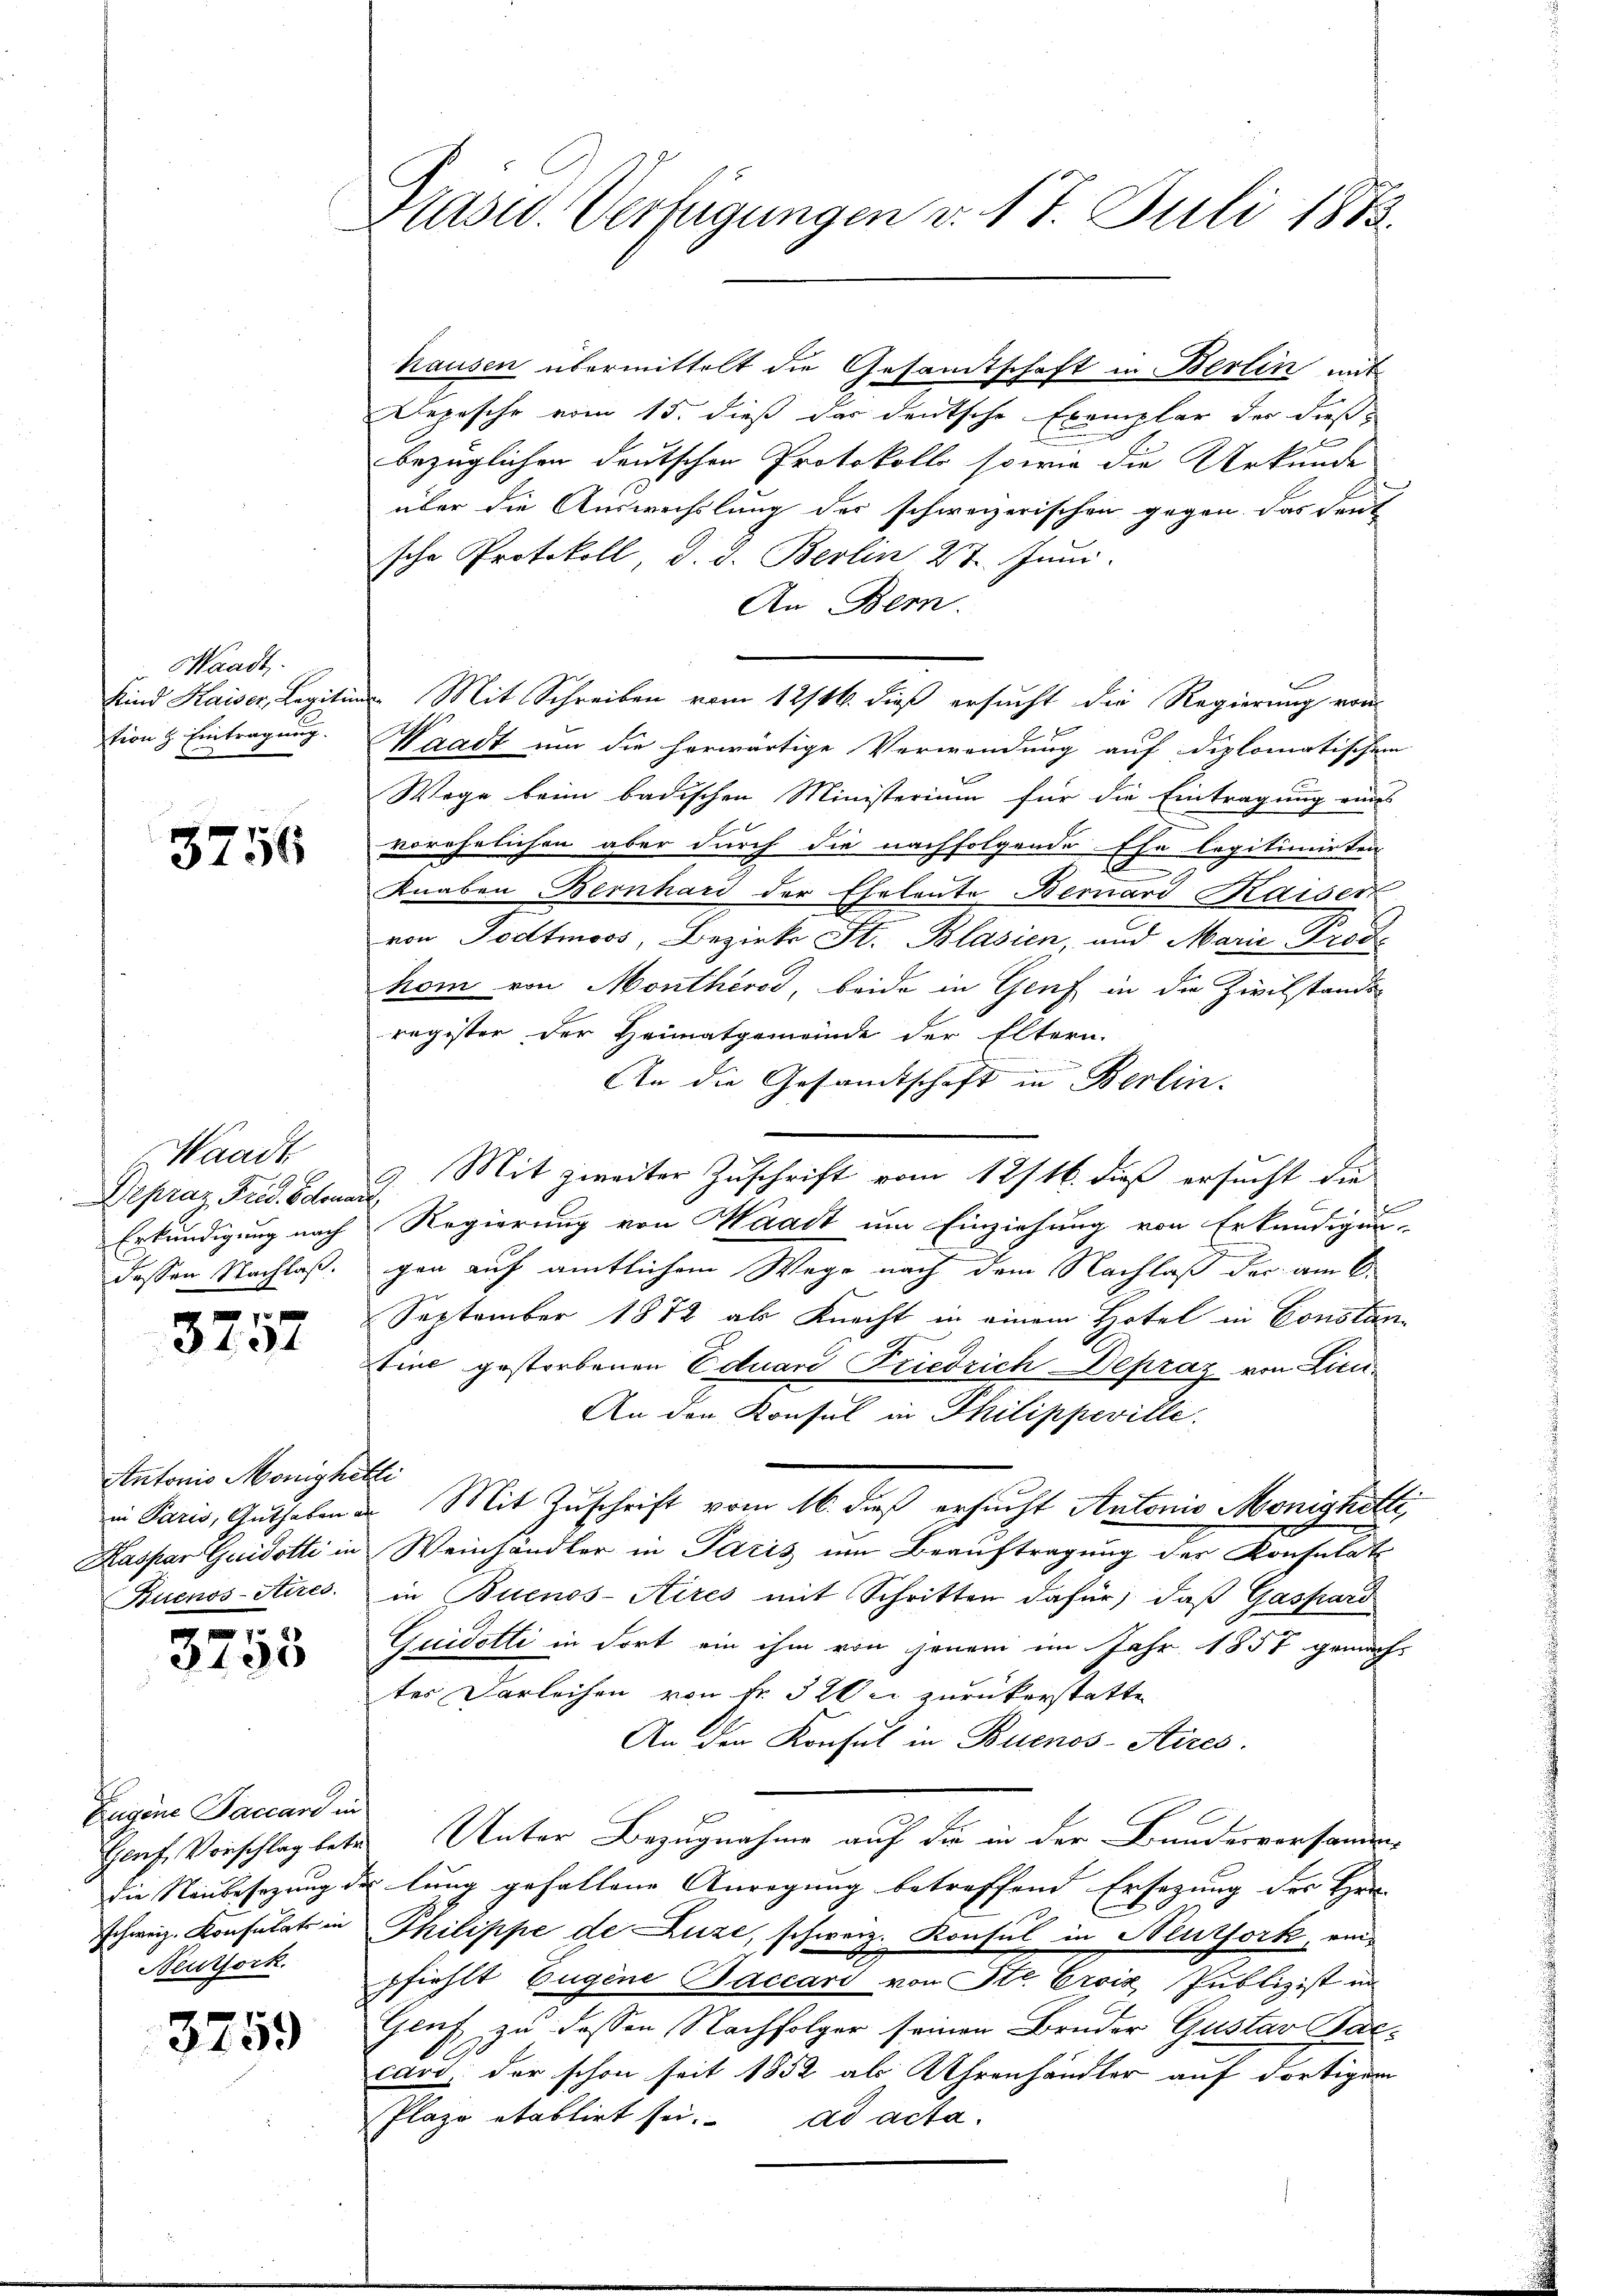
Waadt.
Kind Kaiser, Legitim
tion z. Eintragung.

3756

Waadt
Depraz Frid. Odonate.
Erkundigung nach
dessen Nachlaß.

7
3101

Antonio Monighelli

e
3135

Eugene Sauars in
schweiz. Konsulats in
Neuthork

3759

Blasid. Verfügungen v. 17. Juli 1883.

hausen übermittelt die Gesamtschaft in Berlin mit
Depesche vom 15. dieß das deutsche Exemplar der dießbezüglichen deutschen Protokolle sowie die Urkunde
über die Auswechslung der schweizerischen gegen das Leut
sche Protokoll, d. d. Berlin 27. Juni.
An Bern.
Waadt um die herwärtige Verwendung auf diplomatischem
Wege beim badischen Ministerium für die Eintragung ein
vorehelichen aber durch die nachfolgende Ehe legitimirten
n
Knaben Bernhard der Eheleute Bernard Kaiser
von Todtmoos, Bezirks St. Blasien, und Marie Prod
hom von Montherod, beide in Genf in die Zivilstands-
register der Heimatgemeinde der Eltern.
An die Gesandtschaft in Berlin.
9. Mit zweiter Zuschrift vom 12/16. dieß ersucht die
Regierung von Waadt um Einziehung von Erkundigun-
gen auf amtlichem Wege nach dem Nachlaß der am 6.
September 1872 als Knecht in einem Hotel in Constan
Eine gestorbenen Eduard Friedrich Depraz von Lici¬
An den Konsul in Philippeville.
in Paris, Guthaben u. Mit Zuschrift vom 16. dieß ersucht Antonio Monigketti,
Kaspar Guidotti in Weinhändler in Paris im Beauftragung des Konsulat
Buenos-Aires. in Buenos-Aires mit Schritten dafür, daß Gaspard
Quidotti in dort ein ihm von jenem im Jahr 1857 gemacht
tes Darleihen von fr. 32 bei zurückerstatten
An den Konsul in Buenos-Aires.
Haaf, Vorschlag betr. Unter Bezugnahme auf die in der Bundesversammendie Neubesezung des lung gefallene Anregung betreffend Ersezung des Her- |
Philippe de Luze, schweiz. Konsul in Neuthork, einpfiehlt Eugene Saccari von Str. Ersiz Publizist in
Geuf zu dessen Nachfolger seinen Bruder Gustav Baccard, der schon seit 1852 als Uhrenhändler auf dortigem
Plaze etablirt sei. ad acta.

u. Mit Schreiben vom 12/16. dieß ersucht die Regierung von